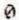
0